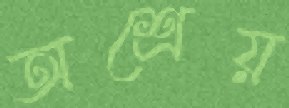
অশ্রেয়